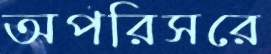
অপরিসরে